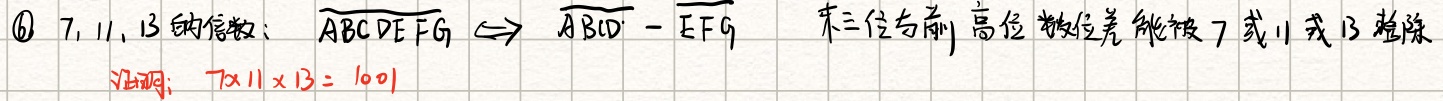
\textcircled{6} 7, 11, 13 的倍数：$\overline{ABCDEFG} \Leftrightarrow \overline{ABCD} - \overline{EFG}$，末三位与前高位数的差能被 7 或 11 或 13 整除

证明：$7\times11\times13 = 1001$